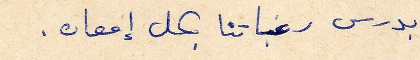
بدرس رغباتنا بكل إمعان.